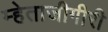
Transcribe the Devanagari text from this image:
म्हेताजीगीरी